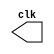
// --------------------------
// Nome: Isabel Bicalho Amaro
// --------------------------

// --------------------------
// test clock generator(1)
// --------------------------

   module clock(clk);
	
	output clk;
	reg clk;
	
	initial begin
	   clk = 1'b0;
	end
	
	always begin
	   #12 clk = ~clk;
	end
	
	endmodule // clock( )
	
    
	 module pulse1 ( signal );
    
       output signal;
       reg signal;
	
	 initial begin
	    signal = 1'b0;
	 end
	 
	 always begin
		 #24 signal = ~signal;
	 end

    endmodule // pulse
	 
	 
    module Exemplo0045;

       wire clock;
       clock clk ( clock );
       wire p1;
       pulse1 pls1 ( p1 );

    initial begin

       $dumpfile ( "Exemplo0045.vcd" );
       $dumpvars ( 0, clock, p1 );
       #480 $finish;
    end

    endmodule // Exemplo0045